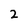
Character: 2